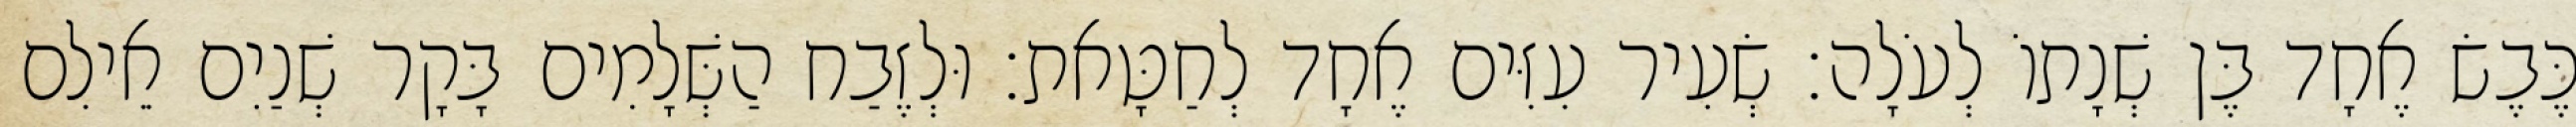
כֶּבֶשׂ אֶחָד בֶּן שְׁנָתוֹ לְעֹלָה׃ שְׂעִיר עִזִּים אֶחָד לְחַטָּאת׃ וּלְזֶבַח הַשְּׁלָמִים בָּקָר שְׁנַיִם אֵילִם